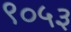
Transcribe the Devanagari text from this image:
९०५३